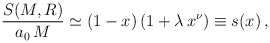
\begin{align*}\frac{S(M,R)}{a_0 \, M} \simeq (1-x) \, (1+\lambda \, x^{\nu}) \equiv s(x) \, , \end{align*}